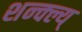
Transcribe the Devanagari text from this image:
शन्क्ल्य्